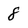
Character: 8